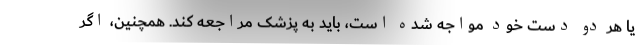
یا هر دو دست خود مواجه شده است، باید به پزشک مراجعه کند. همچنین، اگر